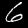
Digit: 6